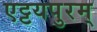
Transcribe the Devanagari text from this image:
एट्टयपुरम्